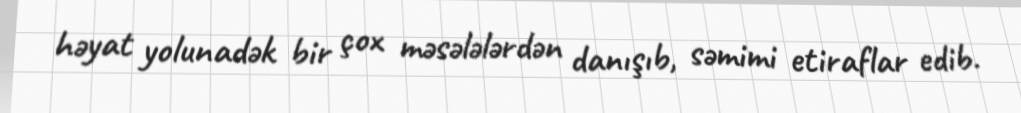
həyat yolunadək bir çox məsələlərdən danışıb, səmimi etiraflar edib.